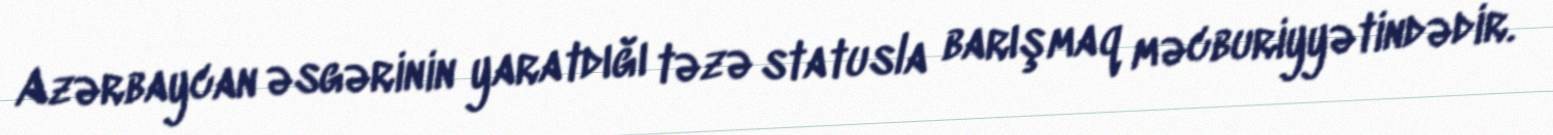
Azərbaycan əsgərinin yaratdığı təzə statusla barışmaq məcburiyyətindədir.